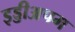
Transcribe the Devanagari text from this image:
इड्डीअपम